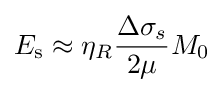
E_{\mathrm {s} }\approx \eta _{R}{\frac {\Delta \sigma _{s}}{2\mu }}M_{0}